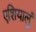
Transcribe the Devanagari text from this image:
एशियालुं